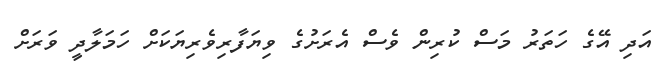
އަދި އޭގެ ހަތަރު މަސް ކުރިން ވެސް އެރަށުގެ ވިޔަފާރިވެރިޔަކަށް ހަމަލާދީ ވަރަށް